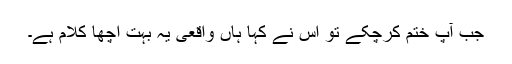
جب آپؐ ختم کرچکے تو اس نے کہا ہاں واقعی یہ بہت اچھا کلام ہے۔